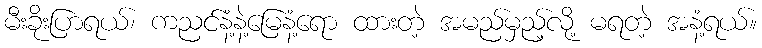
မီးခိုးပြာရယ်၊ ကညင်နံ့နဲ့မြေနံ့ရော ထားတဲ့ အမည်မှည့်လို့ မရတဲ့ အနံ့ရယ်။